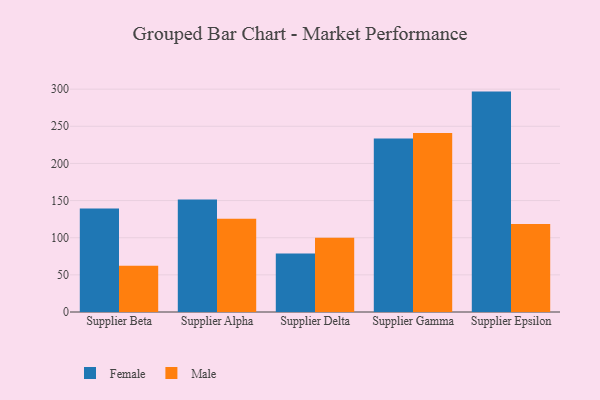
{"axis": {"x": "Supplier", "y": "LTV (USD)"}, "legend": ["Female", "Male"], "data": [{"x": "Supplier Beta", "y": 139.2, "type": "Female"}, {"x": "Supplier Beta", "y": 62.1, "type": "Male"}, {"x": "Supplier Alpha", "y": 151.6, "type": "Female"}, {"x": "Supplier Alpha", "y": 125.4, "type": "Male"}, {"x": "Supplier Delta", "y": 78.8, "type": "Female"}, {"x": "Supplier Delta", "y": 99.8, "type": "Male"}, {"x": "Supplier Gamma", "y": 233.6, "type": "Female"}, {"x": "Supplier Gamma", "y": 240.9, "type": "Male"}, {"x": "Supplier Epsilon", "y": 296.7, "type": "Female"}, {"x": "Supplier Epsilon", "y": 118.4, "type": "Male"}]}